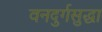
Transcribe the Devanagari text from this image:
वनदुर्गसुद्धा